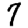
Digit: 7